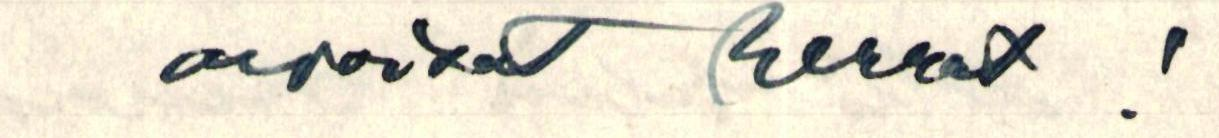
arvoisat herrat!